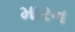
મારન